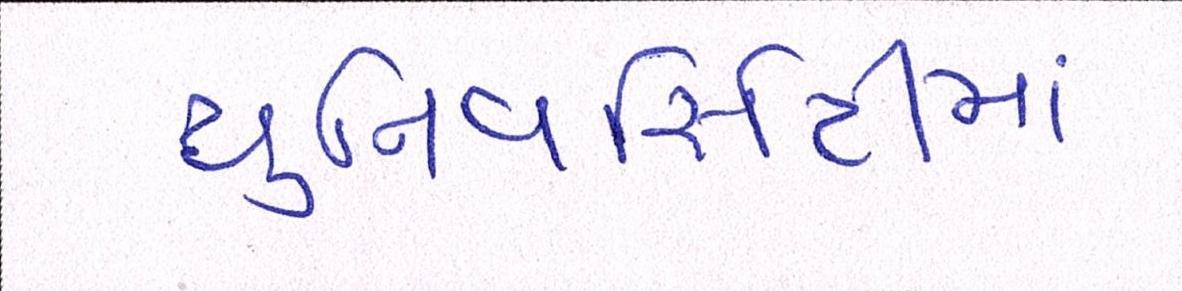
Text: યુનિવર્સિટીમાં